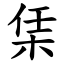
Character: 栠